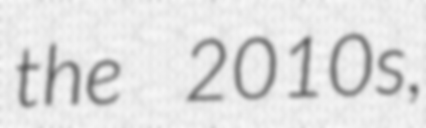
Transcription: the 2010s,